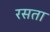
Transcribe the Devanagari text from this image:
रसता